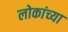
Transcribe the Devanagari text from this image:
लोकांच्‍या